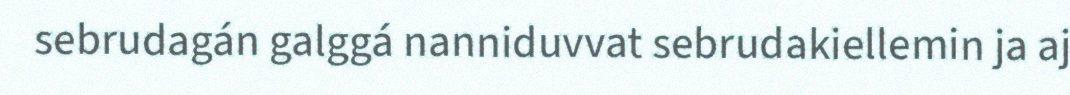
sebrudagán galggá nanniduvvat sebrudakiellemin ja aj